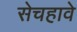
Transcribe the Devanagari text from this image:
सेचहावे